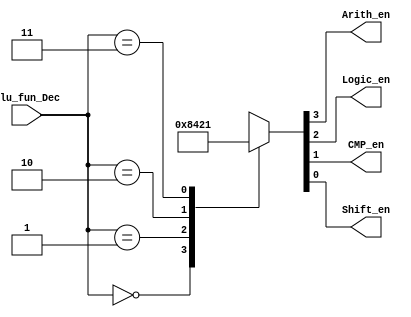
module decoder (
    input   [1:0]   Alu_fun_Dec,
    //input         clk,rst,
    output  reg     Arith_en, Logic_en, CMP_en, Shift_en
);
   
    always @(*) begin
      case (Alu_fun_Dec)

        2'b00:  {Arith_en, Logic_en, CMP_en, Shift_en} = 4'b1000;
        2'b01:  {Arith_en, Logic_en, CMP_en, Shift_en} = 4'b0100;
        2'b10:  {Arith_en, Logic_en, CMP_en, Shift_en} = 4'b0010;
        2'b11:  {Arith_en, Logic_en, CMP_en, Shift_en} = 4'b0001;
        
      endcase
        
    end
  
endmodule